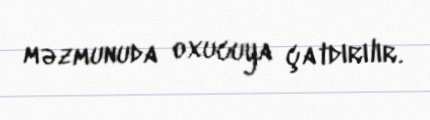
məzmunuda oxucuya çatdırılır.